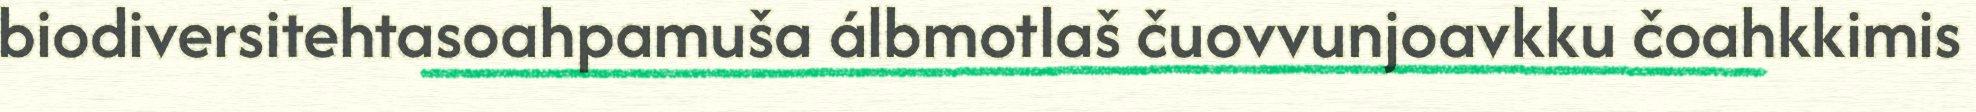
biodiversitehtasoahpamuša álbmotlaš čuovvunjoavkku čoahkkimis